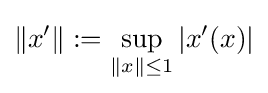
\left\|x^{\prime }\right\|:=\sup _{\|x\|\leq 1}\left|x^{\prime }(x)\right|